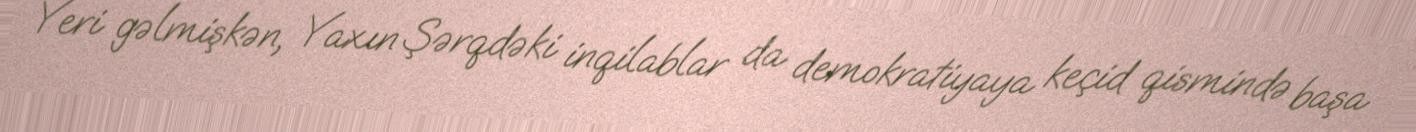
Yeri gəlmişkən, Yaxın Şərqdəki inqilablar da demokratiyaya keçid qismində başa